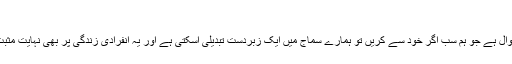
‘‘
یہ ایک ایسا سوال ہے جو ہم سب اگر خود سے کریں تو ہمارے سماج میں ایک زبردست تبدیلی آسکتی ہے اور یہ انفرادی زندگی پر بھی نہایت مثبت اثر ڈالے گا۔